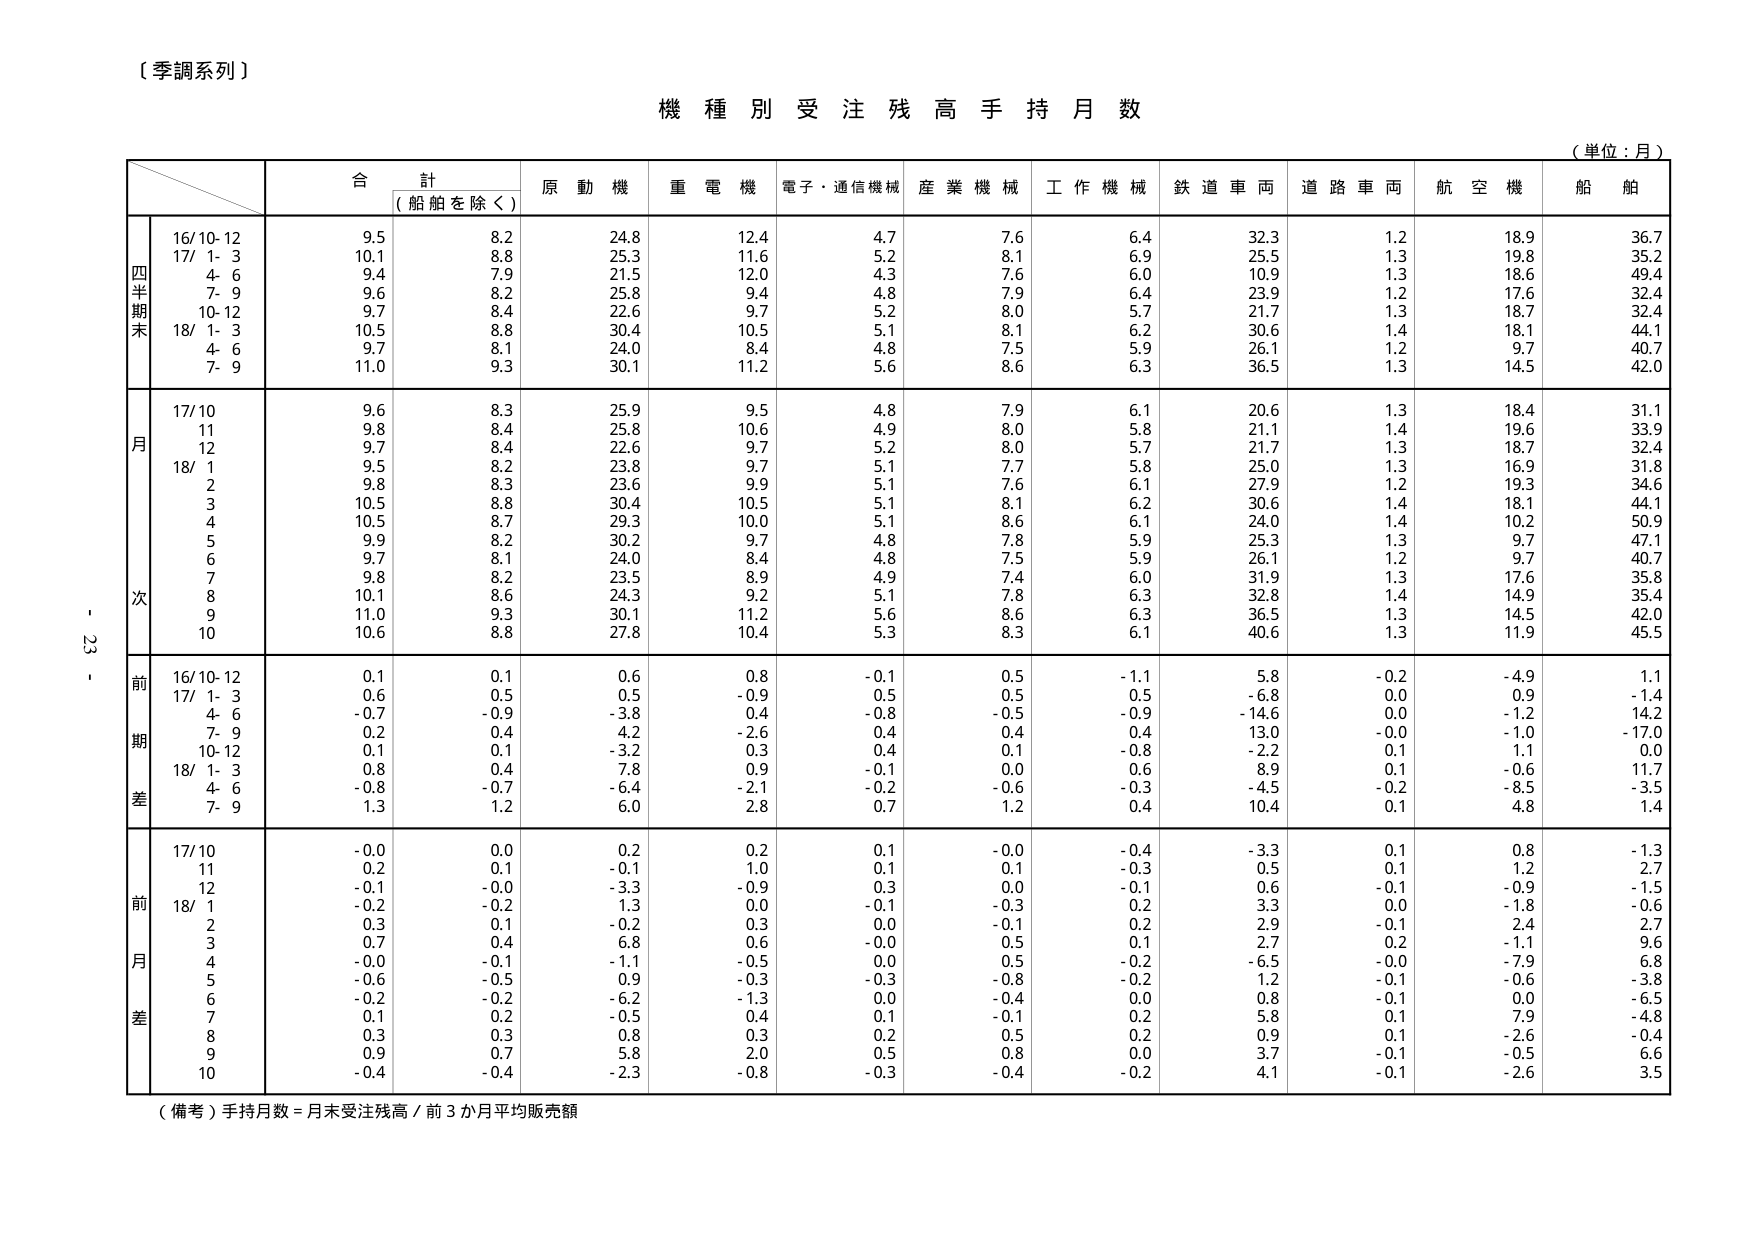
〔季調系列〕

機 種 別 受 注 残 高 手 持 月 数

（単位：月）